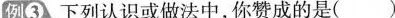
例3 下列认识或做法中，你赞成的是()